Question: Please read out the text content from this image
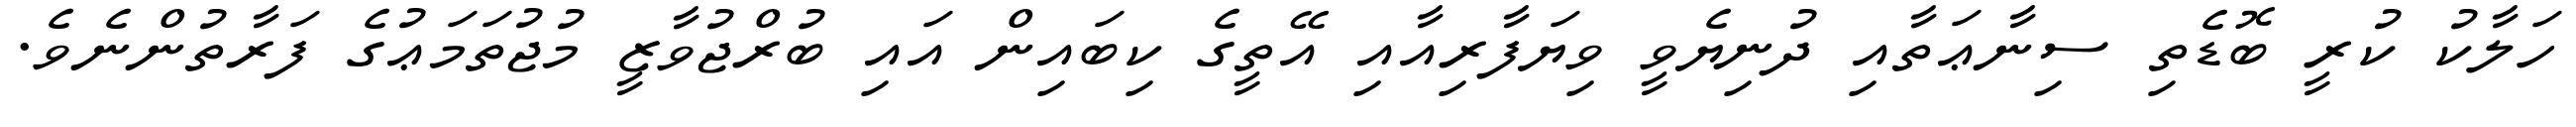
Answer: ހަލާކު ކުރީ ބޮޑެތި ސިނާޢަތާއި ދުނިޔެވީ ވިޔަފާރިއާއި އޭތީގެ ކިބައިން އައި ބުރްޖުވާޒީ މުޖުތަމަޢުގެ ފަރާތުންނެވެ.